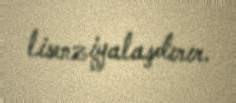
lisenziyalaşdırır.